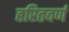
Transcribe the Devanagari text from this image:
हरितवर्ण